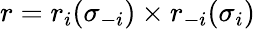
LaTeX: r=r_{i}(\sigma_{-i})\times r_{-i}(\sigma_{i})